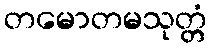
တမောတမသုတ္တံ